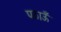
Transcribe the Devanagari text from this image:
पठाऊँ